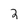
Character: 2